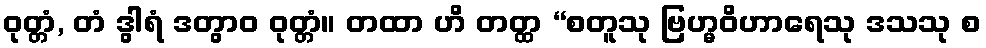
ဝုတ္တံ, တံ ဒွါရံ ဒတွာဝ ဝုတ္တံ။ တထာ ဟိ တတ္ထ “စတူသု ဗြဟ္မဝိဟာရေသု ဒသသု စ